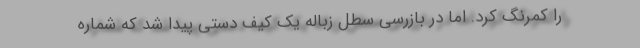
را کمرنگ کرد. اما در بازرسی سطل زباله یک کیف دستی پیدا شد که شماره